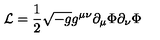
{ \cal L } = { \frac { 1 } { 2 } } \sqrt { - g } g ^ { \mu \nu } \partial _ { \mu } \Phi \partial _ { \nu } \Phi